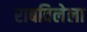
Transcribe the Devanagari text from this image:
राबविलेला